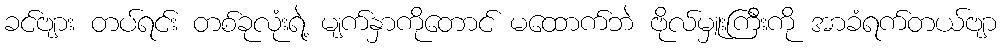
ခင်ဗျား တပ်ရင်း တစ်ခုလုံးရဲ့ မျက်နှာကိုတောင် မထောက်ဘဲ ဗိုလ်မှူးကြီးကို အာခံရက်တယ်ဗျာ